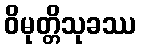
ဝိမုတ္တိသုခဿ